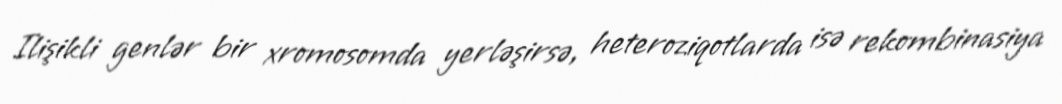
Ilişikli genlər bir xromosomda yerləşirsə, heteroziqotlarda isə rekombinasiya